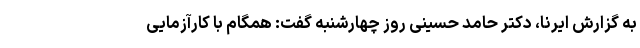
به گزارش ایرنا، دکتر حامد حسینی روز چهارشنبه گفت: همگام با کارآزمایی